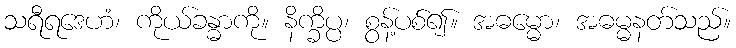
သရီရဒေဟံ၊ ကိုယ်ခန္ဓာကို။ နိက္ခိပ္ပ၊ စွန့်ပစ်၍။ အဓမ္မော၊ အဓမ္မနတ်သည်။